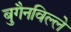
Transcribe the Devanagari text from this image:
बुगैनविल्ले